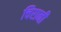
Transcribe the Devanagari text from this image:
चिरानी